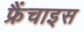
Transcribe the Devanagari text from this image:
फ्रैंचाइस